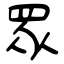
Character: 眾